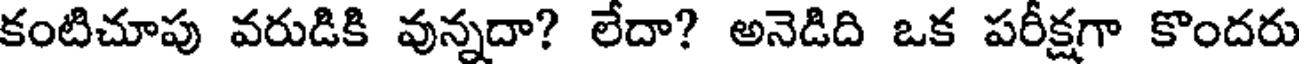
కంటిచూపు వరుడికి వున్నదా? లేదా? అనెడిది ఒక పరీక్షగా కొందరు